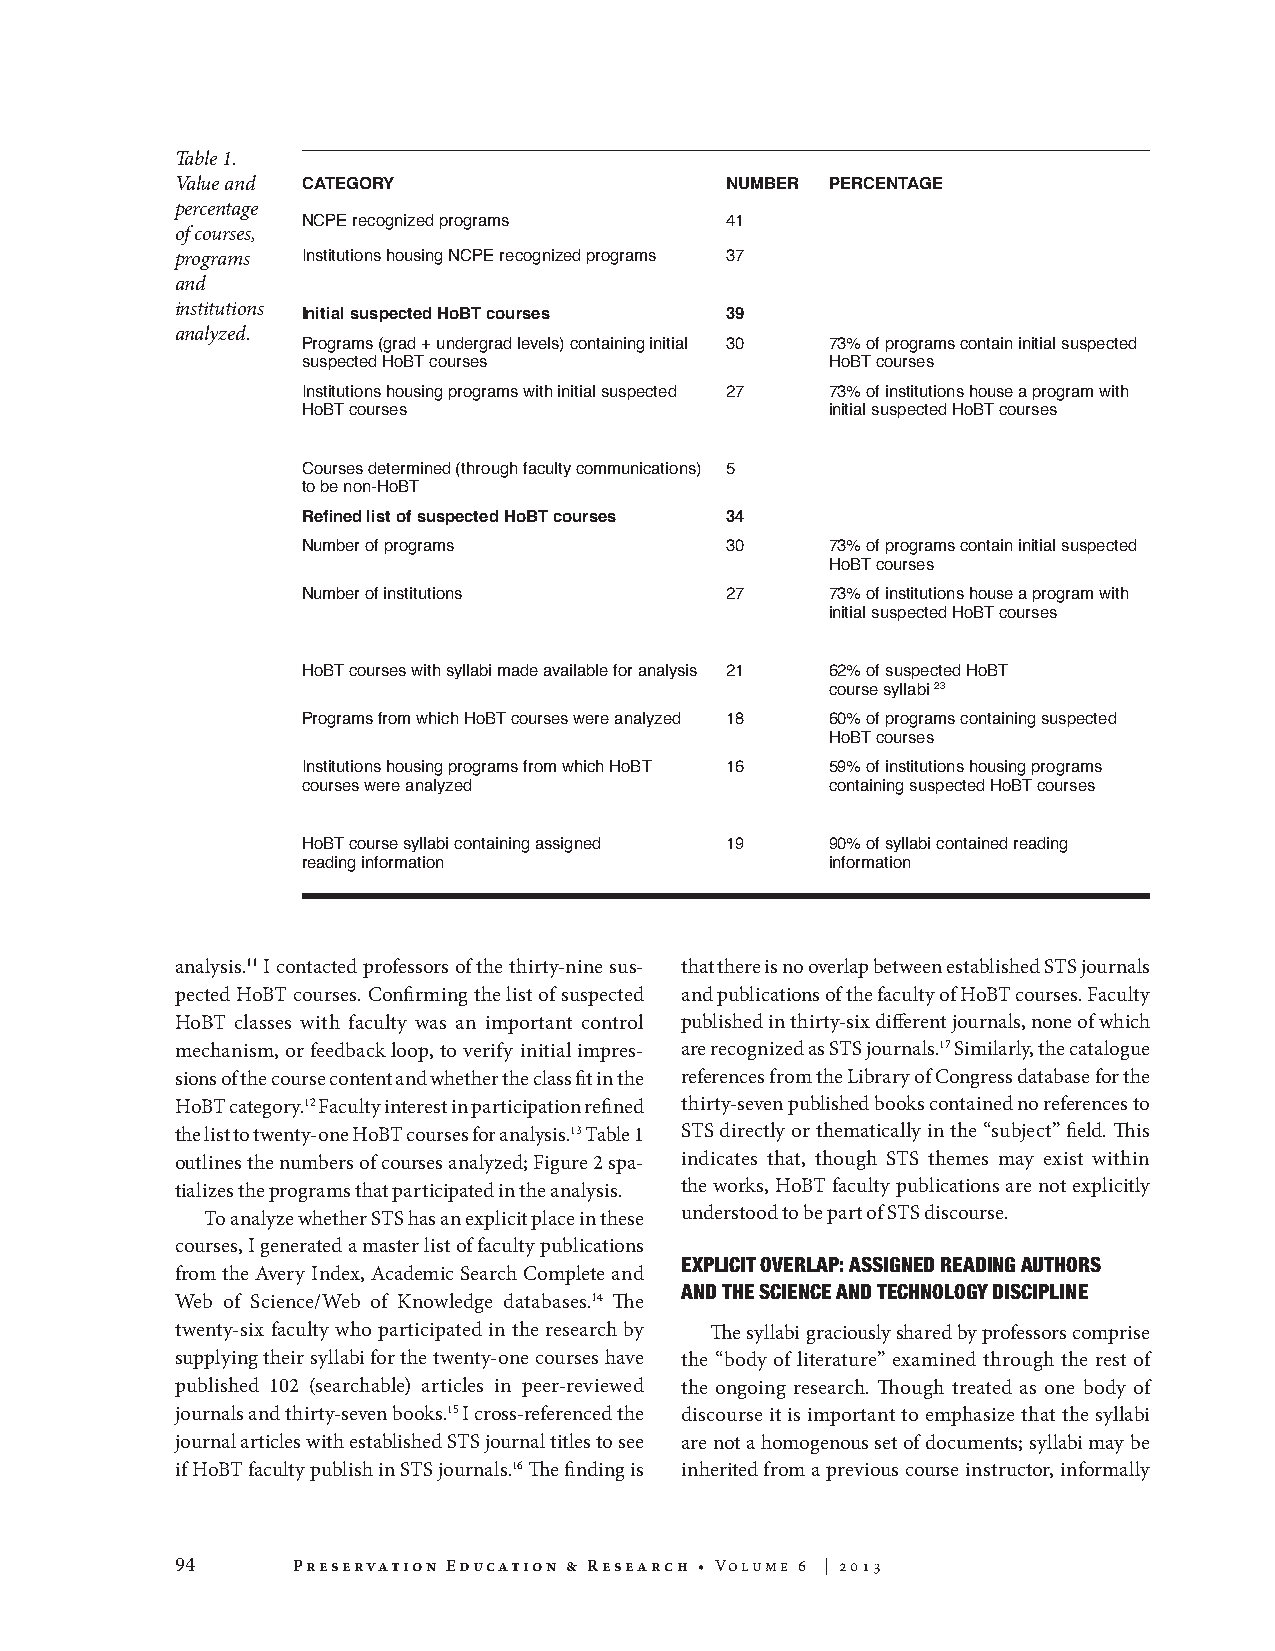
Table 1.
 Value and CATEGORY                  NUMBER PERCENTAGE
 percentage
 NCPE recognized programs    41
 of courses,
 programs Institutions housing NCPE recognized programs 37
 and
 institutions
 Initial suspected HoBT courses 39
 analyzed.
 Programs (grad + undergrad levels) containing initial 30 73% of programs contain initial suspected
 suspected HoBT courses             HoBT courses
 Institutions housing programs with initial suspected 27 73% of institutions house a program with
 HoBT courses                       initial suspected HoBT courses
 Courses determined (through faculty communications) 5
 to be non-HoBT
 Refined list of suspected HoBT courses 34
 Number of programs          30     73% of programs contain initial suspected
 HoBT courses
 Number of institutions      27     73% of institutions house a program with
 initial suspected HoBT courses
 HoBT courses with syllabi made available for analysis 21 62% of suspected HoBT
 course syllabi 23
 Programs from which HoBT courses were analyzed 18 60% of programs containing suspected
 HoBT courses
 Institutions housing programs from which HoBT 16 59% of institutions housing programs
 courses were analyzed              containing suspected HoBT courses
 HoBT course syllabi containing assigned 19 90% of syllabi contained reading
 reading information                information
 analysis.11 I contacted professors of the thirty-nine sus- that there is no overlap between established STS journals
 pected HoBT courses. Confirming the list of suspected and publications of the faculty of HoBT courses. Faculty
 HoBT classes with faculty was an important control published in thirty-six different journals, none of which
 mechanism, or feedback loop, to verify initial impres- are recognized as STS journals.17 Similarly, the catalogue
 sions of the course content and whether the class fit in the references from the Library of Congress database for the
 HoBT category.12 Faculty interest in participation refined thirty-seven published books contained no references to
 the list to twenty-one HoBT courses for analysis.13 Table 1 STS directly or thematically in the “subject” field. This
 outlines the numbers of courses analyzed; Figure 2 spa- indicates that, though STS themes may exist within
 tializes the programs that participated in the analysis. the works, HoBT faculty publications are not explicitly
 To analyze whether STS has an explicit place in these understood to be part of STS discourse.
 courses, I generated a master list of faculty publications
 EXPLICIT OVERLAP: ASSIGNED READING AUTHORS
 from the Avery Index, Academic Search Complete and
 AND THE SCIENCE AND TECHNOLOGY DISCIPLINE
 Web of Science/Web of Knowledge databases.14 The
 twenty-six faculty who participated in the research by The syllabi graciously shared by professors comprise
 supplying their syllabi for the twenty-one courses have the “body of literature” examined through the rest of
 published 102 (searchable) articles in peer-reviewed the ongoing research. Though treated as one body of
 journals and thirty-seven books.15 I cross-referenced the discourse it is important to emphasize that the syllabi
 journal articles with established STS journal titles to see are not a homogenous set of documents; syllabi may be
 if HoBT faculty publish in STS journals.16 The finding is inherited from a previous course instructor, informally
 94     Preservation Education & Research • Volume 6 | 2013